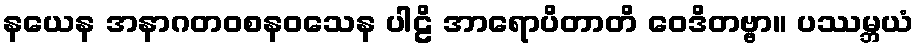
နယေန အနာဂတဝစနဝသေန ပါဠိ အာရောပိတာတိ ဝေဒိတဗ္ဗာ။ ပဿမ္ဘယံ